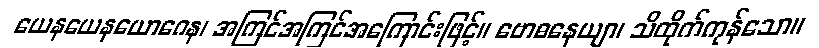
ယေနယေနယောဂေန၊ အကြင်အကြင်အကြောင်းဖြင့်။ ဗောဓနေယျာ၊ သိထိုက်ကုန်သော။